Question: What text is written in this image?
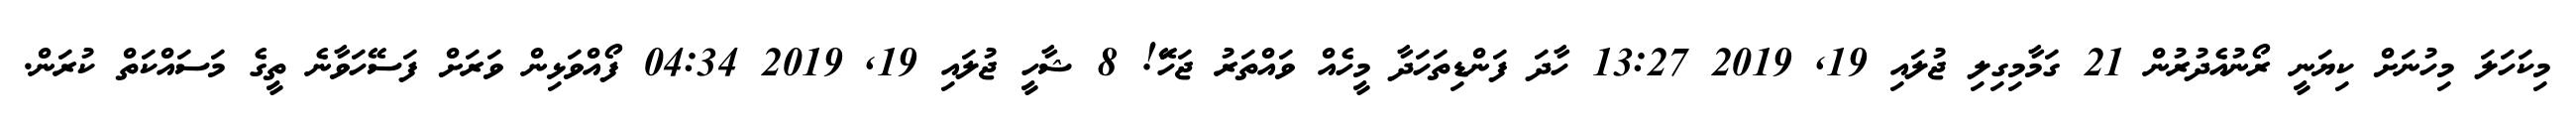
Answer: މިކަހަލަ މިހުނަށް ކިޔަނީ ރޯނުއެދުރުން 21 ގަމާމިގިލި ޖުލައި 19, 2019 13:27 ހާދަ ފަންޑިތަހަދާ މީހެއް ވައްތަރު ޖަހަަޭ! 8 ޝާހީ ޖުލައި 19, 2019 04:34 ފޯއްވަޅިން ވަރަށް ފަސޭހަވާނެ ތީގެ މަސައްކަތް ކުރަން.